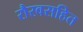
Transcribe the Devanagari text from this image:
रौरवसहित